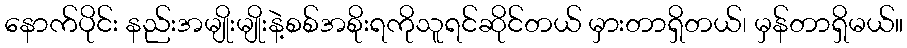
နောက်ပိုင်း နည်းအမျိုးမျိုးနဲ့စစ်အစိုးရကိုသူရင်ဆိုင်တယ် မှားတာရှိတယ်၊ မှန်တာရှိမယ်။